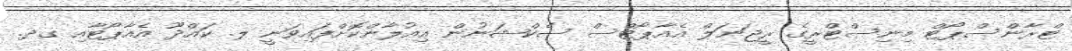
ޓްރާންސްޕޯޓް މިނިސްޓްރީގެ ރީޖަނަލް އެއާޕޯޓްސް ސެކްޝަނުން އިއުލާންކޮށްފައިވަނީ ލ. ކައްދޫ އެއާޕޯޓާއި ގދ.